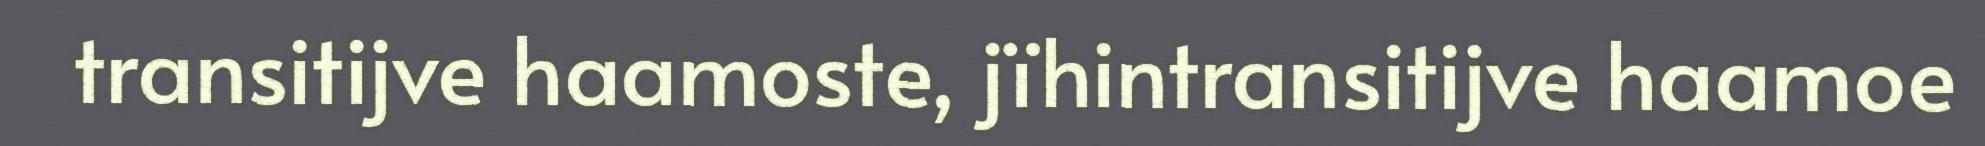
transitijve haamoste, jïhintransitijve haamoe